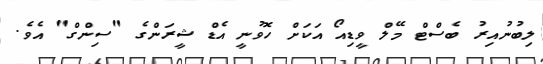
ލިބުނުއިރު ބެސްޓް މޭލް ވީޑިއޯ އަކަށް ހޮވުނީ އެޑް ޝީރަންގެ "ސިންގް" އެވެ.